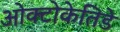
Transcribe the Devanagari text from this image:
ओक्टोकेतिडे